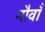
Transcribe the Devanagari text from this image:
नौवॉं